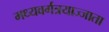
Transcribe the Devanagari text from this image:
मध्यवर्गत्रयाज्जाता